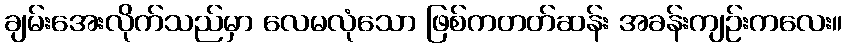
ချမ်းအေးလိုက်သည်မှာ လေမလုံသော ဖြစ်ကတတ်ဆန်း အခန်းကျဉ်းကလေး။